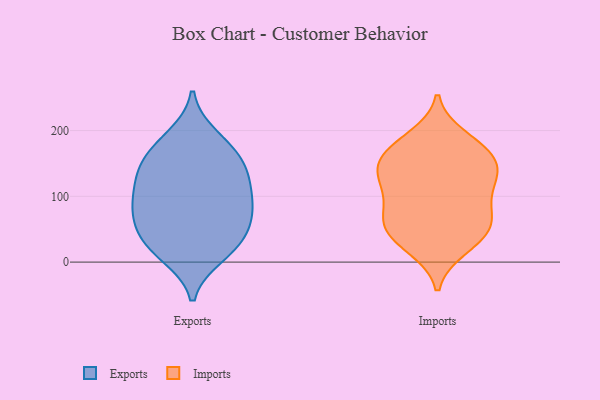
{"axis": {"x": "Active Users", "y": "Value"}, "legend": ["Exports", "Imports"], "data": [{"x": "", "y": 129, "type": "Exports"}, {"x": "", "y": 93, "type": "Exports"}, {"x": "", "y": 74, "type": "Exports"}, {"x": "", "y": 116, "type": "Exports"}, {"x": "", "y": 72, "type": "Exports"}, {"x": "", "y": 11, "type": "Exports"}, {"x": "", "y": 30, "type": "Exports"}, {"x": "", "y": 20, "type": "Exports"}, {"x": "", "y": 144, "type": "Exports"}, {"x": "", "y": 136, "type": "Exports"}, {"x": "", "y": 89, "type": "Exports"}, {"x": "", "y": 190, "type": "Exports"}, {"x": "", "y": 171, "type": "Exports"}, {"x": "", "y": 168, "type": "Exports"}, {"x": "", "y": 61, "type": "Exports"}, {"x": "", "y": 34, "type": "Exports"}, {"x": "", "y": 21, "type": "Imports"}, {"x": "", "y": 137, "type": "Imports"}, {"x": "", "y": 38, "type": "Imports"}, {"x": "", "y": 119, "type": "Imports"}, {"x": "", "y": 27, "type": "Imports"}, {"x": "", "y": 170, "type": "Imports"}, {"x": "", "y": 149, "type": "Imports"}, {"x": "", "y": 107, "type": "Imports"}, {"x": "", "y": 190, "type": "Imports"}, {"x": "", "y": 141, "type": "Imports"}, {"x": "", "y": 81, "type": "Imports"}, {"x": "", "y": 166, "type": "Imports"}, {"x": "", "y": 60, "type": "Imports"}, {"x": "", "y": 110, "type": "Imports"}, {"x": "", "y": 142, "type": "Imports"}, {"x": "", "y": 180, "type": "Imports"}, {"x": "", "y": 65, "type": "Imports"}, {"x": "", "y": 56, "type": "Imports"}, {"x": "", "y": 61, "type": "Imports"}]}